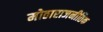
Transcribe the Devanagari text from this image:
मोठाराजनीतिक